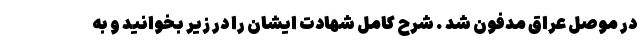
در موصل عراق مدفون شد . شرح كامل شهادت ايشان را در زير بخوانيد و به